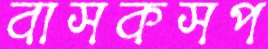
বাসকসপ